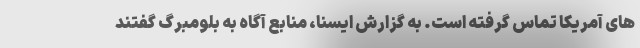
های آمریکا تماس گرفته است. به گزارش ایسنا، منابع آگاه به بلومبرگ گفتند